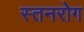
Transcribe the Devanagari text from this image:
स्तनरोग